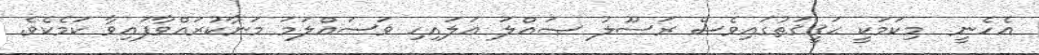
އެހެނީ  މިކަމަކީ ޙަޤީޤަތުގައިވެސް ރަސޫލު ޞައްލަ ޢަލައިހި ވަސައްލަމަ މަނާކުރައްވާފައިވާ ކަމެކެވެ.